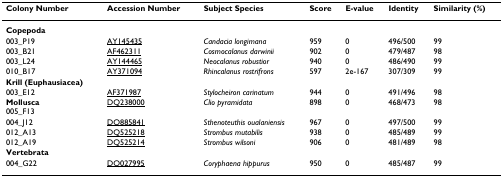
<table><thead><tr><td><b>Colony Number</b></td><td><b>Accession Number</b></td><td><b>Subject Species</b></td><td><b>Score</b></td><td><b>E-value</b></td><td><b>Identity</b></td><td><b>Similarity (%)</b></td></tr></thead><tbody><tr><td><b>Copepoda</b></td><td></td><td></td><td></td><td></td><td></td><td></td></tr><tr><td>003_P19</td><td>AY145435</td><td><i>Candacia longimana</i></td><td>959</td><td>0</td><td>496/500</td><td>99</td></tr><tr><td>003_B21</td><td>AF462311</td><td><i>Cosmocalanus darwinii</i></td><td>902</td><td>0</td><td>479/487</td><td>98</td></tr><tr><td>003_L24</td><td>AY144465</td><td><i>Neocalanus robustior</i></td><td>940</td><td>0</td><td>486/490</td><td>99</td></tr><tr><td>010_B17</td><td>AY371094</td><td><i>Rhincalanus rostrifrons</i></td><td>597</td><td>2e-167</td><td>307/309</td><td>99</td></tr><tr><td><b>Krill (Euphausiacea)</b></td><td></td><td></td><td></td><td></td><td></td><td></td></tr><tr><td>003_E12</td><td>AF371987</td><td><i>Stylocheiron carinatum</i></td><td>944</td><td>0</td><td>491/496</td><td>98</td></tr><tr><td><b>Mollusca</b>005_F13</td><td>DQ238000</td><td><i>Clio pyramidata</i></td><td>898</td><td>0</td><td>468/473</td><td>98</td></tr><tr><td>004_J12</td><td>DQ885841</td><td><i>Sthenoteuthis oualaniensis</i></td><td>967</td><td>0</td><td>497/500</td><td>99</td></tr><tr><td>012_A13</td><td>DQ525218</td><td><i>Strombus mutabilis</i></td><td>938</td><td>0</td><td>485/489</td><td>99</td></tr><tr><td>012_A19</td><td>DQ525214</td><td><i>Strombus wilsoni</i></td><td>906</td><td>0</td><td>481/489</td><td>98</td></tr><tr><td><b>Vertebrata</b></td><td></td><td></td><td></td><td></td><td></td><td></td></tr><tr><td>004_G22</td><td>DQ027995</td><td><i>Coryphaena hippurus</i></td><td>950</td><td>0</td><td>485/487</td><td>99</td></tr></tbody></table>